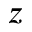
z